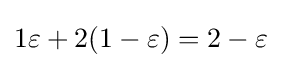
1\varepsilon +2(1-\varepsilon )=2-\varepsilon